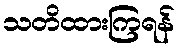
သတိထားကြရန်